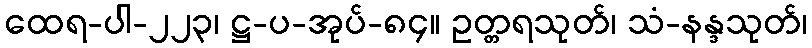
ထေရ-ပါ-၂၂၃၊ ဋ္ဌ-ပ-အုပ်-၈၄။ ဥတ္တရသုတ်၊ သံ-နန္ဒသုတ်၊